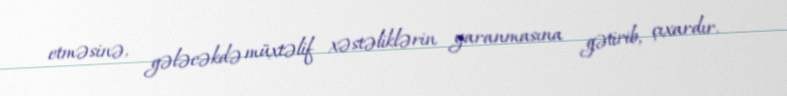
etməsinə, gələcəkdə müxtəlif xəstəliklərin yaranmasına gətirib, çıxardır.